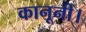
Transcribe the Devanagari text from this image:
कानूनी।